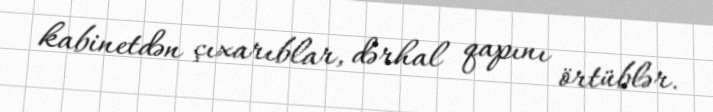
kabinetdən çıxarıblar, dərhal qapını örtüblər.